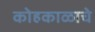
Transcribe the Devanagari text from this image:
कोहकाळाचे